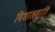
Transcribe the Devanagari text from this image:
विशालमूर्ति